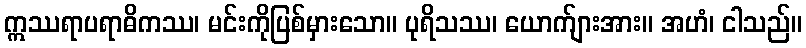
ဣဿရာပရာဓိကဿ၊ မင်းကိုပြစ်မှားသော။ ပုရိသဿ၊ ယောက်ျားအား။ အဟံ၊ ငါသည်။